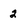
Character: 2